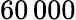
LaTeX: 60\, 000